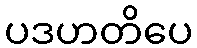
ပဒဟတိပေ